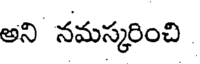
అని నమస్కరించి